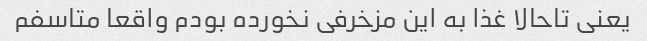
یعنی تاحالا غذا به این مزخرفی نخورده بودم واقعا متاسفم